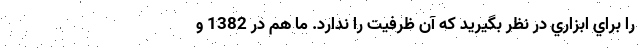
را براي ابزاري در نظر بگيريد كه آن ظرفيت را ندارد. ما هم در 1382 و